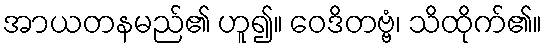
အာယတနမည်၏ ဟူ၍။ ဝေဒိတဗ္ဗံ၊ သိထိုက်၏။